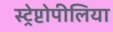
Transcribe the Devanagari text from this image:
स्ट्रेप्टोपीलिया